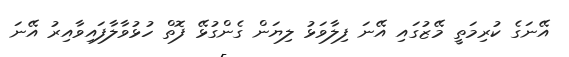
އޭނަގެ ކުރިމަތީ މޭޒުގައި އޭނަ ފިލާވަޅު ލިޔަން ގެންގުޅޭ ފޮތް ހުޅުވާލާފައިވާއިރު އޭނަ